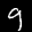
Digit: 9